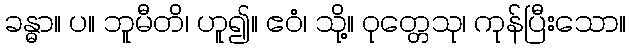
ခန္ဓာ။ ပ။ ဘူမီတိ၊ ဟူ၍။ ဧဝံ၊ သို့။ ဝုတ္တေသု၊ ကုန်ပြီးသော။